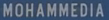
MOHAMMEDIA